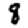
Digit: 8